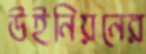
উইনিয়নের